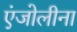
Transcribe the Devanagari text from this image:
एंजोलीना